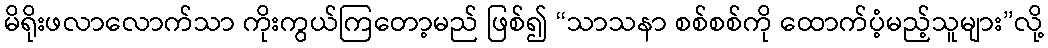
မိရိုးဖလာလောက်သာ ကိုးကွယ်ကြတော့မည် ဖြစ်၍ “သာသနာ စစ်စစ်ကို ထောက်ပံ့မည့်သူများ”လို့